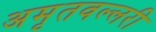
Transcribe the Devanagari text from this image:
अमृतवल्लरी